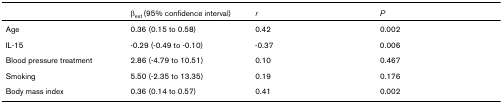
<table><thead><tr><td></td><td><b>β<sub>est </sub>(95% confidence interval)</b></td><td><b><i>r</i></b></td><td><b><i>P</i></b></td></tr></thead><tbody><tr><td>Age</td><td>0.36 (0.15 to 0.58)</td><td>0.42</td><td>0.002</td></tr><tr><td>IL-15</td><td>-0.29 (-0.49 to -0.10)</td><td>-0.37</td><td>0.006</td></tr><tr><td>Blood pressure treatment</td><td>2.86 (-4.79 to 10.51)</td><td>0.10</td><td>0.467</td></tr><tr><td>Smoking</td><td>5.50 (-2.35 to 13.35)</td><td>0.19</td><td>0.176</td></tr><tr><td>Body mass index</td><td>0.36 (0.14 to 0.57)</td><td>0.41</td><td>0.002</td></tr></tbody></table>